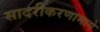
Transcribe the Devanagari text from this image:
सादरीकरणामागे